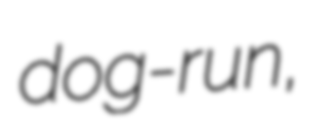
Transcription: dog-run,